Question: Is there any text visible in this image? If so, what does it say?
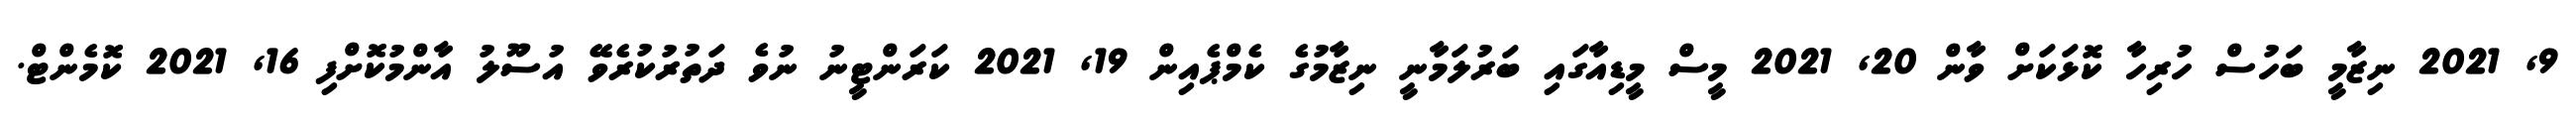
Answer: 9, 2021 ނިޒާމީ ބަހުސް ހުރިހާ ކޮޅަކަށް ވާން 20, 2021 މީސް މީޑިއާގައި ބަރުލަމާނީ ނިޒާމުގެ ކެމްޕެއިން 19, 2021 ކަރަންޓީނު ނުވެ ދަތުރުކުރެވޭ އުސޫލު އާންމުކޮށްފި 16, 2021 ކޮމެންޓް.